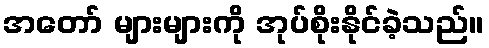
အတော် များများကို အုပ်စိုးနိုင်ခဲ့သည်။